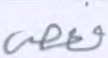
فعصى